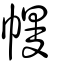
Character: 幔